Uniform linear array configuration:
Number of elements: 32
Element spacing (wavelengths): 0.75
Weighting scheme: exponential
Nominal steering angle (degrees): -45
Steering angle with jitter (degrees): -45.635
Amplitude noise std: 0.05
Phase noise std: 0.05

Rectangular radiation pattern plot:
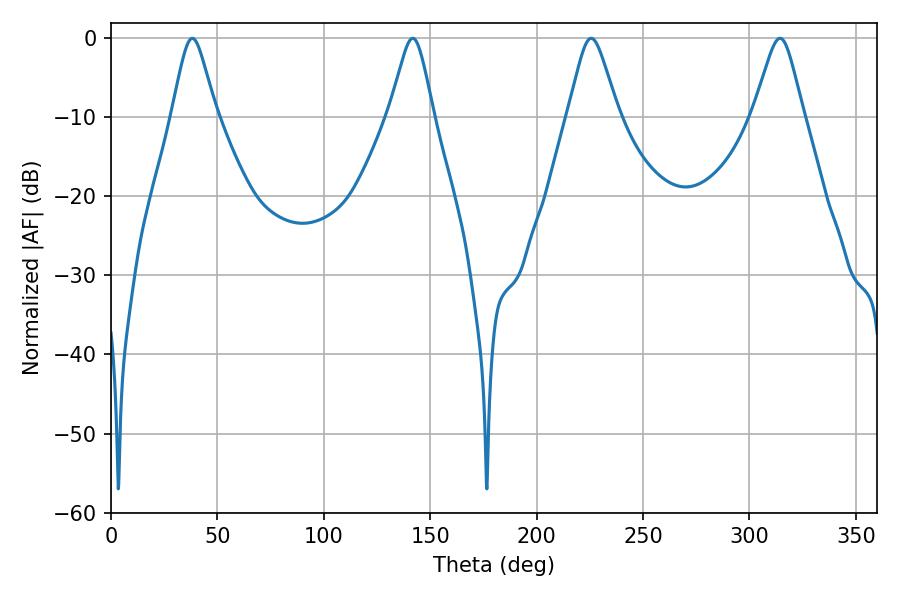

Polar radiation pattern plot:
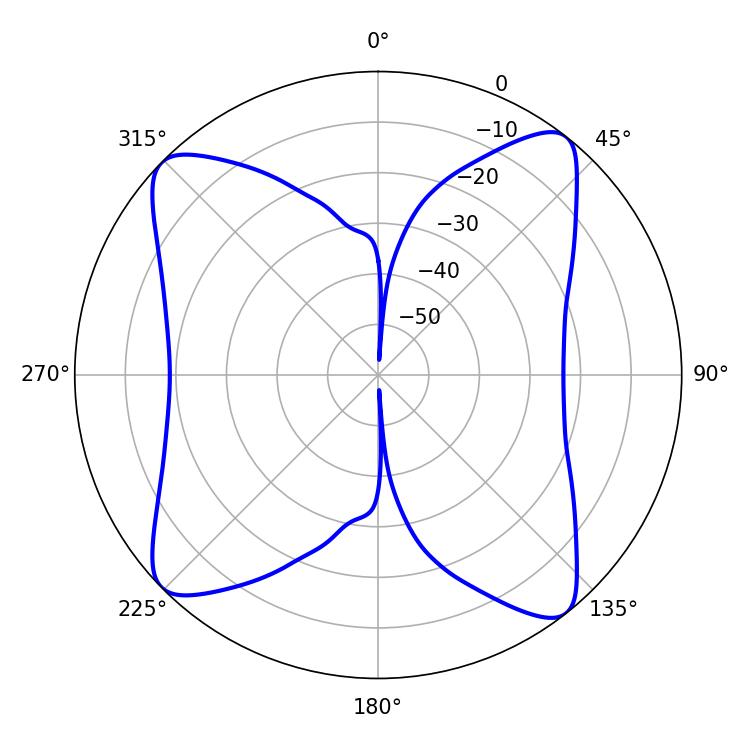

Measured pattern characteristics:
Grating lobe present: TRUE
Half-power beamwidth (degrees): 9.9
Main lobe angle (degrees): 38.16